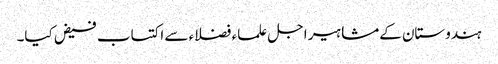
ہندوستان کےمشاہیر اجل علماء فضلاء سے اکتساب فیض کیا۔